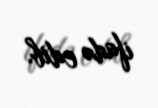
ifadə edib.